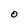
Character: O